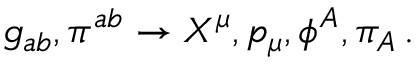
g _ { a b } , \pi ^ { a b } \rightarrow X ^ { \mu } , p _ { \mu } , \phi ^ { A } , \pi _ { A } \, .